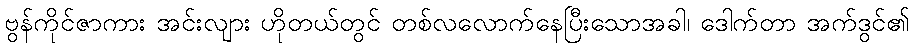
ဗွန်ကိုင်ဇာကား အင်းလျား ဟိုတယ်တွင် တစ်လလောက်နေပြီးသောအခါ၊ ဒေါက်တာ အက်ဒွင်၏